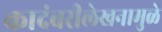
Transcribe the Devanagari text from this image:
कादंबरीलेखनामुळे